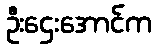
ဦးဌေးအောင်က